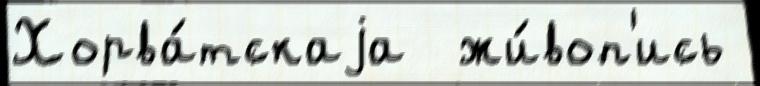
Хорва́тскаjа  жи́воп'ись